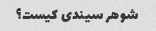
شوهر سیندی کیست؟